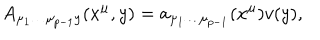
LaTeX: A _ { \mu _ { 1 } \dots \mu _ { p - 1 } y } ( x ^ { \mu } , y ) = a _ { \mu _ { 1 } \dots \mu _ { p - 1 } } ( x ^ { \mu } ) v ( y ) ,